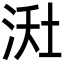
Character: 𪶇